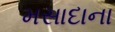
મસાદાના